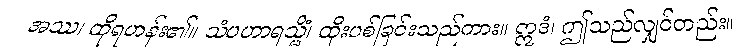
အဿ၊ ထိုရဟန်း၏။ သံပဟာရသ္မိံ၊ ထိုးပစ်ခြင်းသည်ကား။ ဣဒံ၊ ဤသည်လျှင်တည်း။